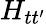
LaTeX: H_{tt^{\prime}}